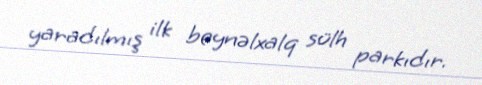
yaradılmış ilk beynəlxalq sülh parkıdır.